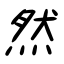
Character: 然